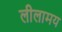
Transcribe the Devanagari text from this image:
लीलामय